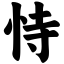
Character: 恃